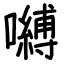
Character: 嚩